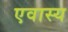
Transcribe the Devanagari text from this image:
एवास्य